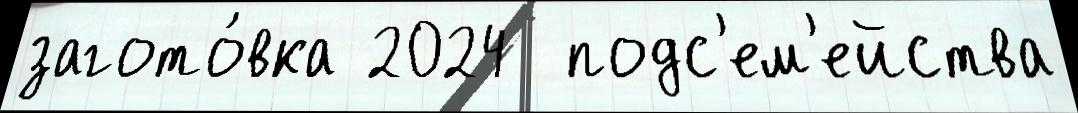
загото́вка 2024  подс'ем'ейства